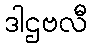
ဒါဌဗလီ